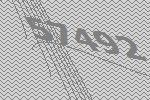
57492